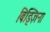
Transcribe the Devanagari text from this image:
बिड्ज़िना